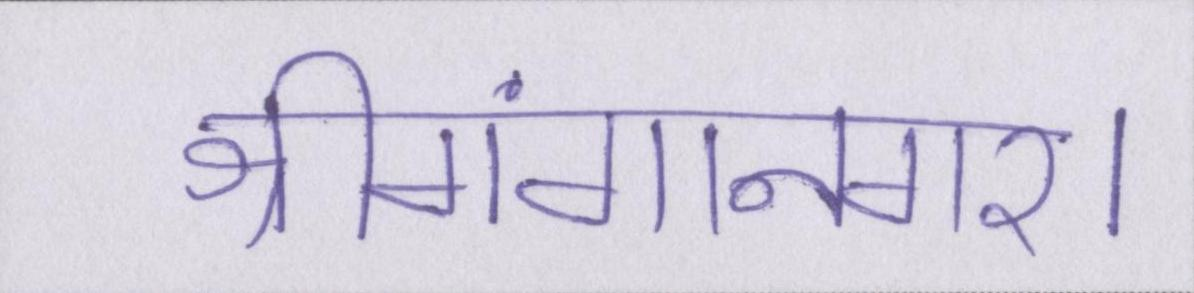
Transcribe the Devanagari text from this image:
श्रीगंगानगर।